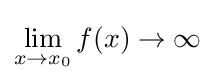
\lim _{x\to x_{0}}f(x)\to \infty